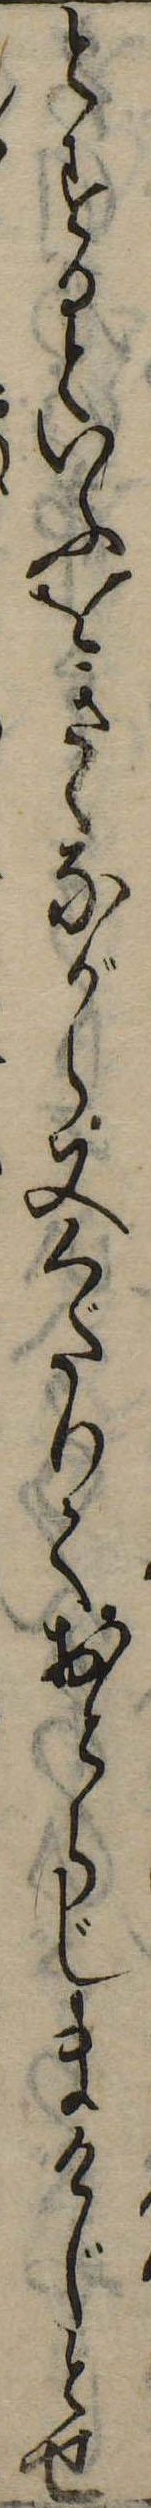
とするといふをきゝながら又くだりておとらじまけじとせ